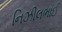
નિઝીલભાઈ